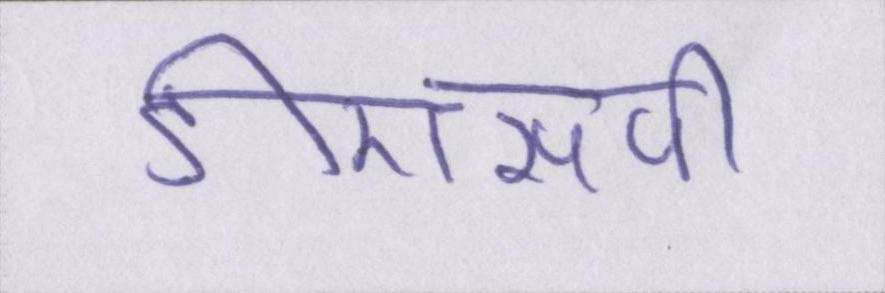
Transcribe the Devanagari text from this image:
डीएसपी